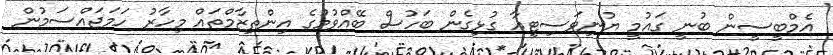
އެމްބީސީން ބުނީ ގައުމީ ޔުނިވަސިޓީއާ ގުޅިގެން ބަހުސް ބޭއްވުމުގެ އިންތިޒާމްތައް މިހާރު ހަމަޖައްސަމުން